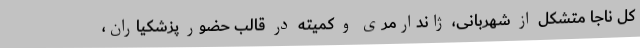
کل ناجا متشکل از شهربانی، ژاندارمری و کمیته در قالب حضور پزشکیاران،